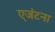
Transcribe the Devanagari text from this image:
एजंटना